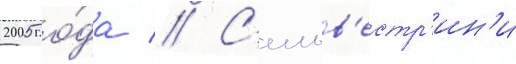
2005 го́да // С'ильв'естр'ин'и